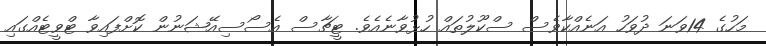
މަހުގެ 14ވަނަ ދުވަހު އަނެއްކާވެސް ސްކޫލުތައް ހުޅުވާނެއެވެ. ޓީޗާސް އެސޯސިއޭޝަނުން ކޮށްފައިވާ ޓްވީޓެއްގައި